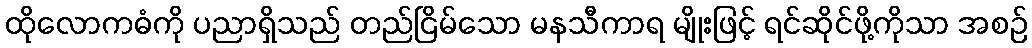
ထိုလောကဓံကို ပညာရှိသည် တည်ငြိမ်သော မနသီကာရ မျိုးဖြင့် ရင်ဆိုင်ဖို့ကိုသာ အစဉ်